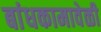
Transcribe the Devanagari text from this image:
बांधकामावेळी